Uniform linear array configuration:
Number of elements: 4
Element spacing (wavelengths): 1
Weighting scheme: cosine
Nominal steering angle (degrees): -15
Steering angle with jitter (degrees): -13.689
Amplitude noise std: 0.05
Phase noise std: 0.05

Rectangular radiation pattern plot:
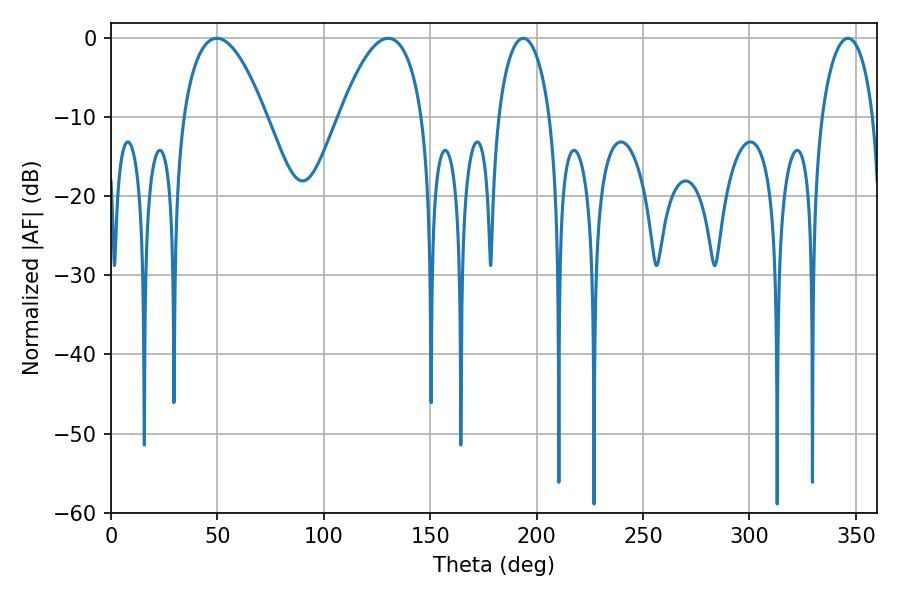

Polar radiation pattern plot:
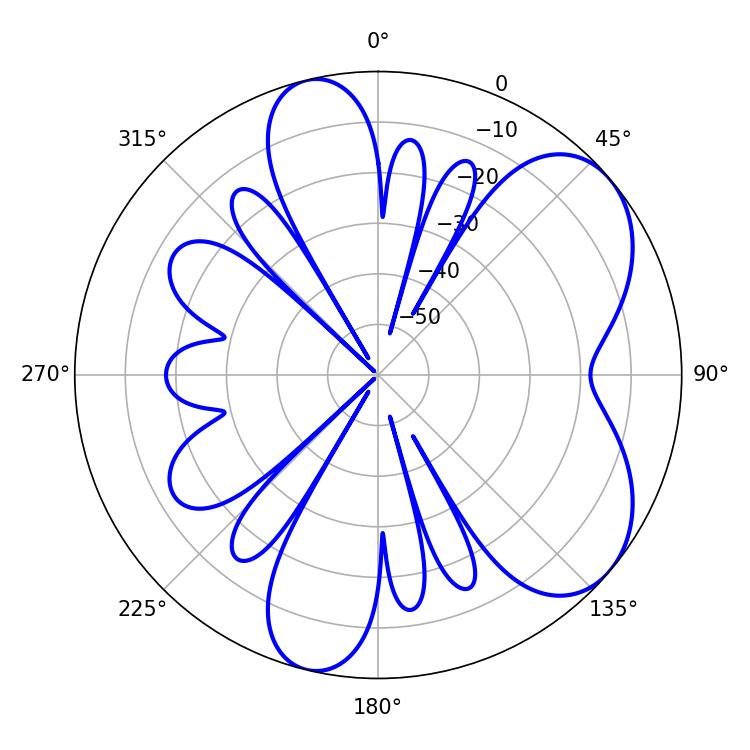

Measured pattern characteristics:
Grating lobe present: TRUE
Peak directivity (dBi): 6.147
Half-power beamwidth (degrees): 21.6
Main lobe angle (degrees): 49.68